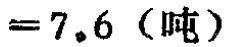
$= 7.6 \text{（吨）}$